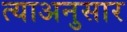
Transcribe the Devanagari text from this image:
त्याअनुसार